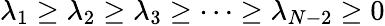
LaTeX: \lambda_{1}\geq\lambda_{2}\geq\lambda_{3}\geq\cdots\geq\lambda_{N-2}\geq 0